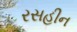
રસહીન